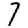
Digit: 7